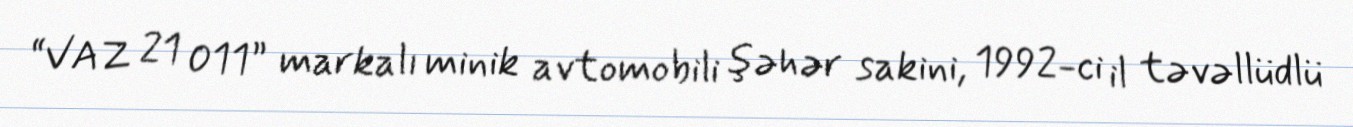
“VAZ 21 011” markalı minik avtomobili şəhər sakini, 1992-ci il təvəllüdlü